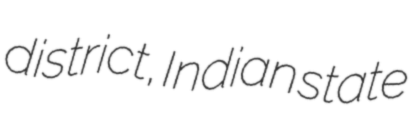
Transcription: district, Indian state